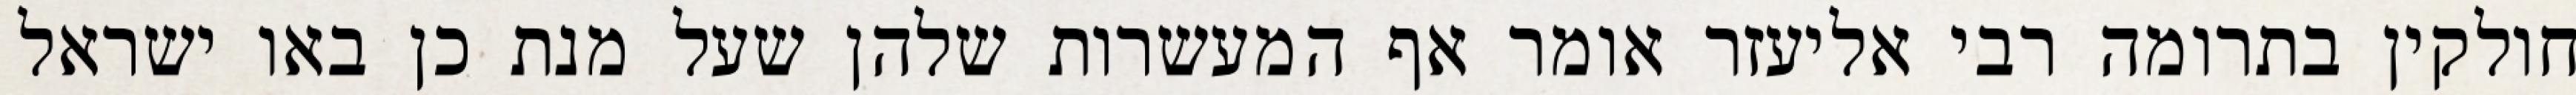
חולקין בתרומה רבי אליעזר אומר אף המעשרות שלהן שעל מנת כן באו ישראל